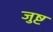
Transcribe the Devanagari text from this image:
जुष्ट